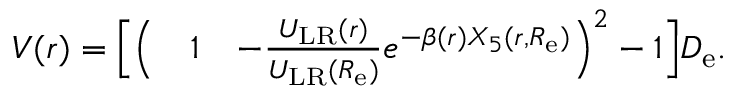
\begin{array} { r l r } { V ( r ) = \Big [ \Big ( } & { { } 1 } & { - \frac { U _ { \mathrm { L R } } ( r ) } { U _ { \mathrm { L R } } ( R _ { \mathrm { e } } ) } e ^ { - \beta ( r ) X _ { 5 } ( r , R _ { \mathrm { e } } ) } \Big ) ^ { 2 } - 1 \Big ] D _ { \mathrm { e } } . } \end{array}